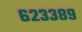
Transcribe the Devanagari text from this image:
६२३३८९